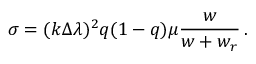
\sigma = ( k \Delta \lambda ) ^ { 2 } q ( 1 - q ) \mu \frac { w } { w + w _ { r } } \, .